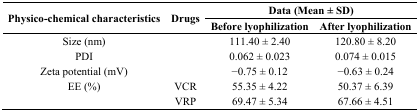
<table><thead><tr><td rowspan="3"><b>Physico-chemical characteristics</b></td><td rowspan="3"><b>Drugs</b></td><td colspan="2"><b>Data (Mean ± SD)</b></td></tr><tr><td><b>Before lyophilization</b></td><td><b>After lyophilization</b></td></tr></thead><tbody><tr><td>Size (nm)</td><td></td><td>111.40 ± 2.40</td><td>120.80 ± 8.20</td></tr><tr><td>PDI</td><td></td><td>0.062 ± 0.023</td><td>0.074 ± 0.015</td></tr><tr><td>Zeta potential (mV)</td><td></td><td>−0.75 ± 0.12</td><td>−0.63 ± 0.24</td></tr><tr><td>EE (%)</td><td>VCR</td><td>55.35 ± 4.22</td><td>50.37 ± 6.39</td></tr><tr><td></td><td>VRP</td><td>69.47 ± 5.34</td><td>67.66 ± 4.51</td></tr></tbody></table>